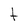
Character: t